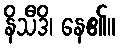
နိသီဒိ၊ နေ၏။